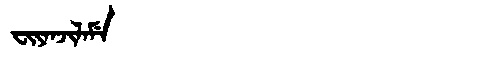
Manchu: ᠸᡳᠶᠠᠨᠵᡳᠯᠠᠮᡝ
Romanization: FIYANJILAME